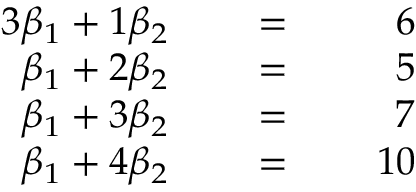
\begin{array} { r l r l r l } { { 3 } \beta _ { 1 } + 1 \beta _ { 2 } } & { { } } & { \; = \; } & { { } } & { 6 } & { { } } \\ { \beta _ { 1 } + 2 \beta _ { 2 } } & { { } } & { \; = \; } & { { } } & { 5 } & { { } } \\ { \beta _ { 1 } + 3 \beta _ { 2 } } & { { } } & { \; = \; } & { { } } & { 7 } & { { } } \\ { \beta _ { 1 } + 4 \beta _ { 2 } } & { { } } & { \; = \; } & { { } } & { 1 0 } & { { } } \end{array}